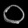
Digit: ၀